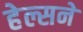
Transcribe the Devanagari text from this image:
हेल्सने